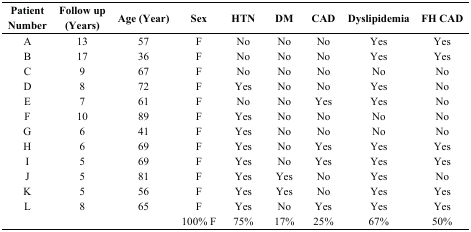
<table><thead><tr><td><b>Patient Number</b></td><td><b>Follow up (Years)</b></td><td><b>Age (Year)</b></td><td><b>Sex</b></td><td><b>HTN</b></td><td><b>DM</b></td><td><b>CAD</b></td><td><b>Dyslipidemia</b></td><td><b>FH CAD</b></td></tr></thead><tbody><tr><td>A</td><td>13</td><td>57</td><td>F</td><td>No</td><td>No</td><td>No</td><td>Yes</td><td>Yes</td></tr><tr><td>B</td><td>17</td><td>36</td><td>F</td><td>No</td><td>No</td><td>No</td><td>Yes</td><td>Yes</td></tr><tr><td>C</td><td>9</td><td>67</td><td>F</td><td>No</td><td>No</td><td>No</td><td>No</td><td>No</td></tr><tr><td>D</td><td>8</td><td>72</td><td>F</td><td>Yes</td><td>No</td><td>No</td><td>Yes</td><td>No</td></tr><tr><td>E</td><td>7</td><td>61</td><td>F</td><td>No</td><td>No</td><td>Yes</td><td>Yes</td><td>No</td></tr><tr><td>F</td><td>10</td><td>89</td><td>F</td><td>Yes</td><td>No</td><td>No</td><td>No</td><td>No</td></tr><tr><td>G</td><td>6</td><td>41</td><td>F</td><td>Yes</td><td>No</td><td>No</td><td>No</td><td>No</td></tr><tr><td>H</td><td>6</td><td>69</td><td>F</td><td>Yes</td><td>No</td><td>Yes</td><td>Yes</td><td>Yes</td></tr><tr><td>I</td><td>5</td><td>69</td><td>F</td><td>Yes</td><td>No</td><td>Yes</td><td>Yes</td><td>Yes</td></tr><tr><td>J</td><td>5</td><td>81</td><td>F</td><td>Yes</td><td>Yes</td><td>No</td><td>Yes</td><td>No</td></tr><tr><td>K</td><td>5</td><td>56</td><td>F</td><td>Yes</td><td>Yes</td><td>No</td><td>Yes</td><td>Yes</td></tr><tr><td>L</td><td>8</td><td>65</td><td>F</td><td>Yes</td><td>No</td><td>Yes</td><td>Yes</td><td>Yes</td></tr><tr><td></td><td></td><td></td><td>100% F</td><td>75%</td><td>17%</td><td>25%</td><td>67%</td><td>50%</td></tr></tbody></table>